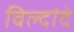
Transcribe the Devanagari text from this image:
विल्दांदे